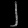
Digit: ၂